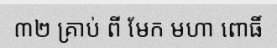
៣២ គ្រាប់ ពី មែក មហា ពោធិ៍